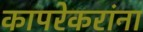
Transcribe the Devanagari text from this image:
कापरेकरांना